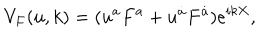
V _ { F } ( u , k ) = ( u ^ { a } F ^ { a } + u ^ { \dot { a } } F ^ { \dot { a } } ) e ^ { i k X } ,